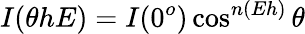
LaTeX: I(\theta hE)=I(0^{o})\cos^{n(Eh)}\theta